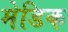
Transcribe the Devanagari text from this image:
मेडिक